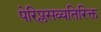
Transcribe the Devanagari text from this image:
पेरिप्लसव्यतिरिक्त